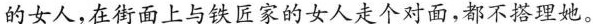
的女人,在街面上与铁匠家的女人走个对面,都不搭理她。